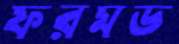
ফরমড